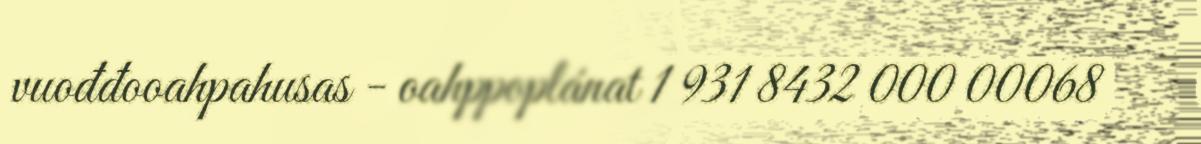
vuođđooahpahusas - oahppoplánat 1 931 8432 000 00068